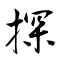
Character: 探